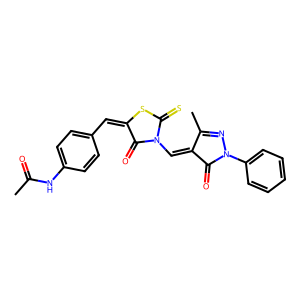
SMILES: CC(=O)Nc1ccc(C=C2SC(=S)N(C=C3C(=O)N(c4ccccc4)N=C3C)C2=O)cc1
Inhibits HIV replication: No